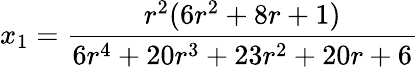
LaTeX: x_{1}=\frac{r^{2}(6r^{2}+8r+1)}{6r^{4}+20r^{3}+23r^{2}+20r+6}